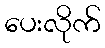
ပေးလိုက်